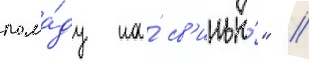
пома́ду на́ св'инью́" //